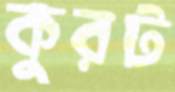
কুরট